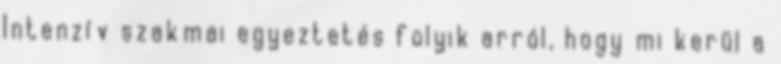
Intenzív szakmai egyeztetés folyik arról, hogy mi kerül a